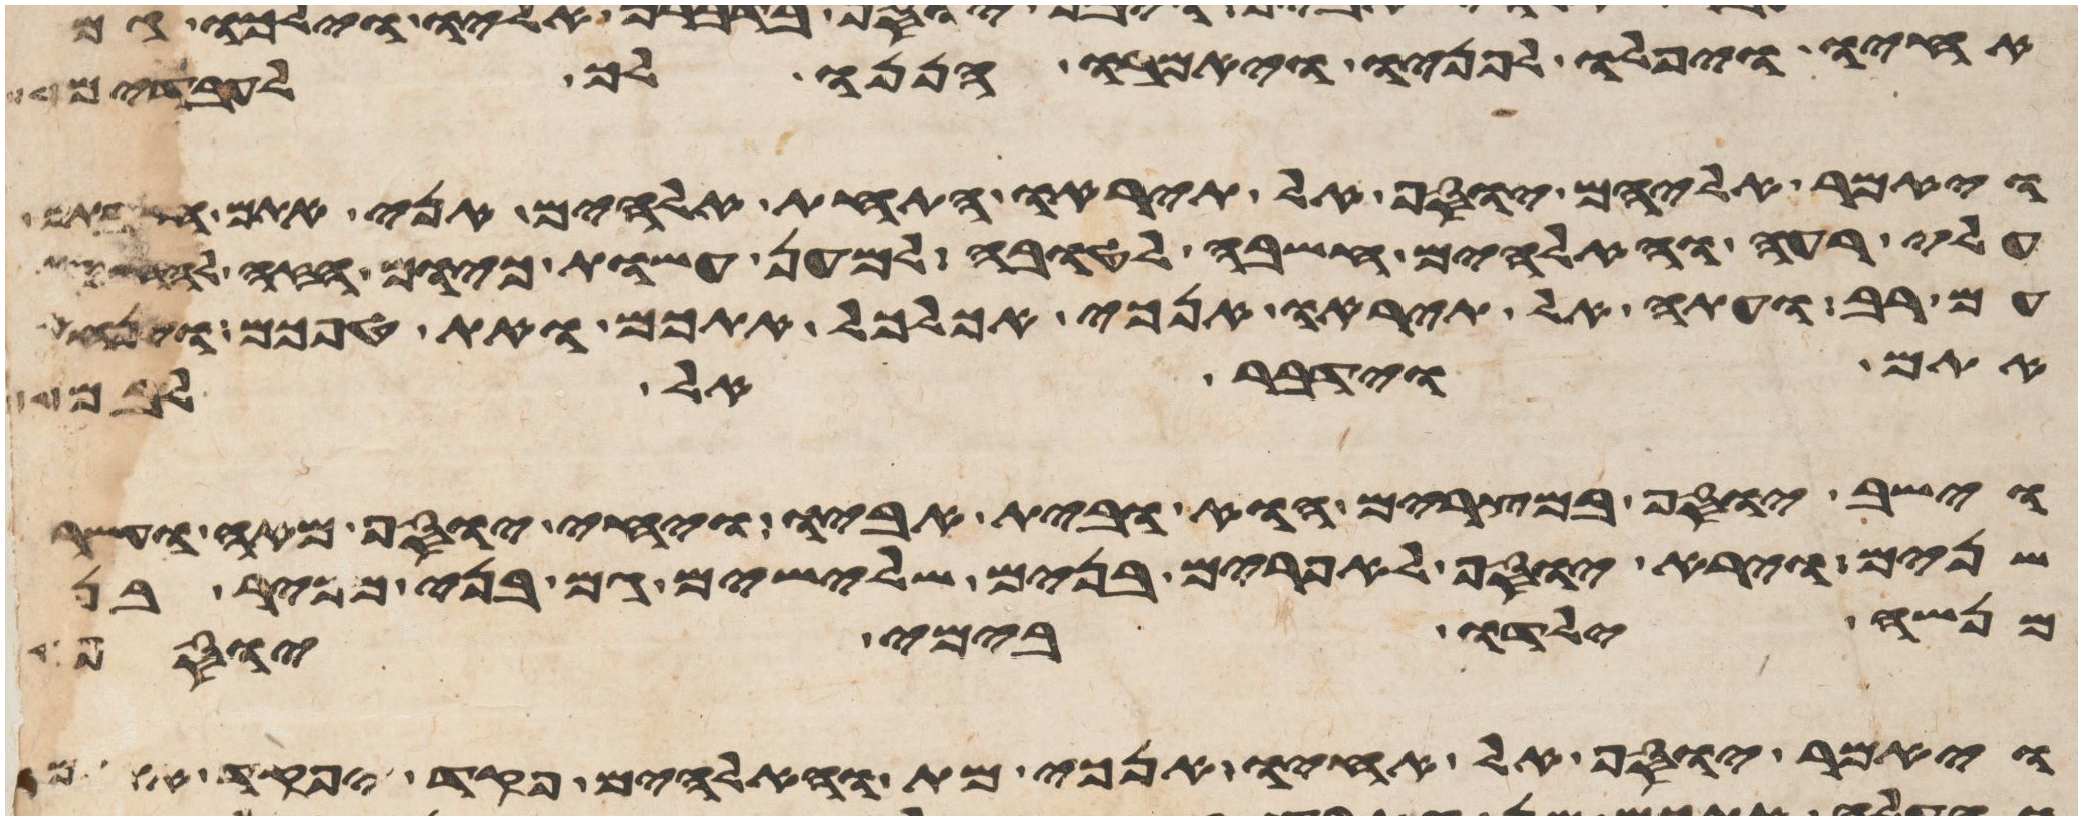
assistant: אחיו ויפלו לפניו ויאמרו הננו לך לעבדים
ויאמר אליהם יוסף אל תיראו התחת אלהים אני אתם חשבתם
עלי רעה והאלהים חשבה לטובה למען עשות כיום הזה
עם רב ועתה אל תיראו אנכי אכלכל אתכם ואת טפכם וינחם
אתם וידבר אל לבם
וישב יוסף במצרים הוא ובית אביו ויחי יוסף מאה ועשר
שנים וירא יוסף לאפרים בנים שלישים גם בני מכיר בן
מנשה ילדו בימי יוסף
ויאמר יוסף אל אחיו אנכי מת והאלהים פקד יפקד אתכם